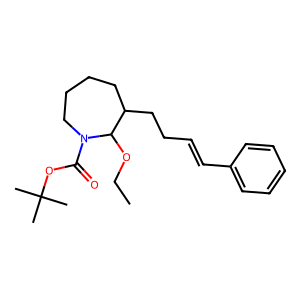
SMILES: CCOC1C(CCC=Cc2ccccc2)CCCCN1C(=O)OC(C)(C)C
Inhibits HIV replication: No